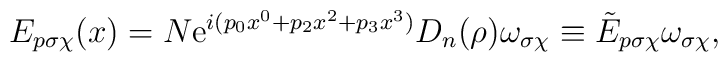
E_{p\sigma\chi}(x) = N {\rm e}^{i (p_0x^0 + p_2x^2 + p_3x^3)} D_n(\rho) \omega_{\sigma\chi} \equiv \tilde{E}_{p\sigma\chi} \omega_{\sigma\chi},